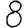
Digit: 8